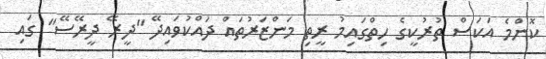
ކޮންމެ އަކަސް ތުރުކީގެ ހިތްގައިމު ރީތި މަންޒަރުތައް ދައްކުވައިދޭ "ދީރޭ ދީރޭސޭ" ގައި